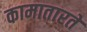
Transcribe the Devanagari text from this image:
कामातारते